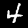
Digit: 4